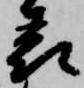
表